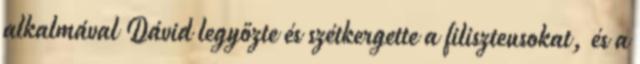
alkalmával Dávid legyőzte és szétkergette a filiszteusokat, és a